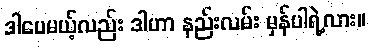
ဒါပေမယ့်လည်း ဒါဟာ နည်းလမ်း မှန်ပါရဲ့လား။